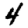
Digit: 4